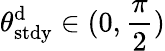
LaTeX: \theta_{\mathrm{stdy}}^{\mathrm{d}}\in(0,\frac\pi 2)